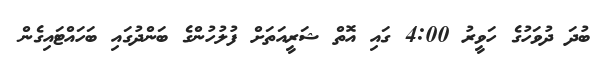
ބުދަ ދުވަހުގެ ހަވީރު 4:00 ގައި އޮތް ޝަރީއަތަށް ފުލުހުންގެ ބަންދުގައި ބަހައްޓައިގެން